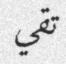
تقي